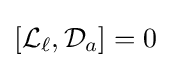
[{\mathcal {L}}_{\ell },{\mathcal {D}}_{a}]=0